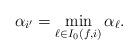
LaTeX: \begin{align*}\alpha_{i'}=\min_{\ell\in I_0(f,i)}\alpha_\ell.\end{align*}